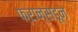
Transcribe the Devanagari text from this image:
फ्रान्सडून